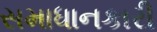
સમાધાનકારી